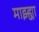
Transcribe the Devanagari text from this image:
माझ्ह्या